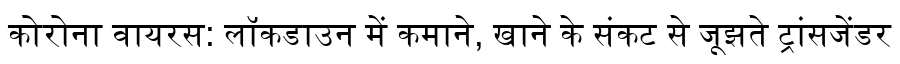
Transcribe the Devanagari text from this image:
कोरोना वायरस: लॉकडाउन में कमाने, खाने के संकट से जूझते ट्रांसजेंडर